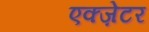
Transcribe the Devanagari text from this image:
एक्ज़ेटर